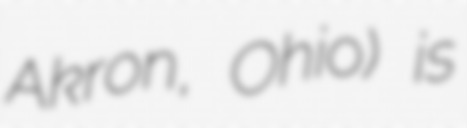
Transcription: Akron, Ohio) is